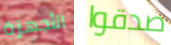
الأجهزة صدقوا